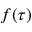
f ( \tau )